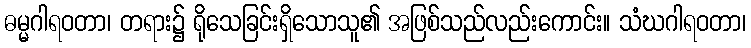
ဓမ္မဂါရဝတာ၊ တရား၌ ရိုသေခြင်းရှိသောသူ၏ အဖြစ်သည်လည်းကောင်း။ သံဃဂါရဝတာ၊